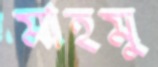
মাহমু